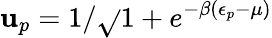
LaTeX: \mathbf{u}_{p}=1/\sqrt{}{{1+e^{-\beta(\epsilon_{p}-\mu)}}}